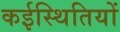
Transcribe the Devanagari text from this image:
कईस्थितियों